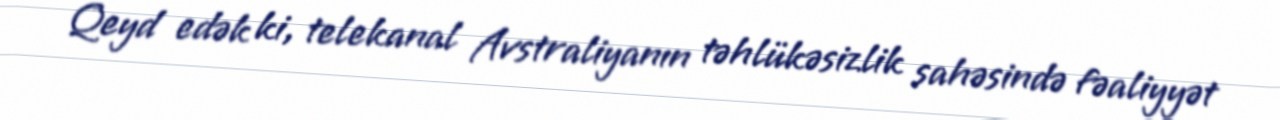
Qeyd edək ki, telekanal Avstraliyanın təhlükəsizlik sahəsində fəaliyyət